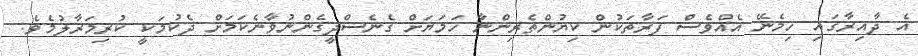
އެ ދާއިރާގައި ހިމެނޭ އެއްވެސް ފަރާތަކުން ކިޔުންތެރިންނާ ހަމަޔަށް ގެނެސްދީގެންނުވާނެކަމަށް ދެކުމަކީ ކުރިމަރާލުމެވެ.